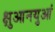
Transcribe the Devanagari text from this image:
क्षुआनयुआं